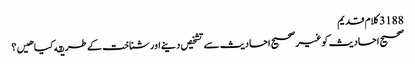
3188 کلام قدیم
صحیح احادیث کو غیر صحیح احادیث سے تشخیص دینے اور شناخت کے طریقه کیا هیں؟